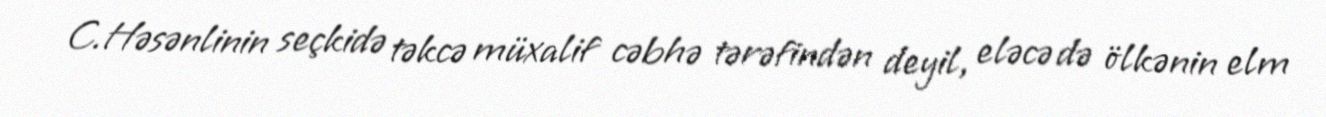
C.Həsənlinin seçkidə təkcə müxalif cəbhə tərəfindən deyil, eləcə də ölkənin elm